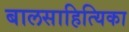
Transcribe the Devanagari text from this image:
बालसाहित्यिका